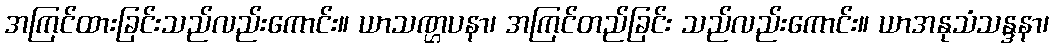
အကြင်ထားခြင်းသည်လည်းကောင်း။ ယာသဏ္ဌပနာ၊ အကြင်တည်ခြင်း သည်လည်းကောင်း။ ယာအနုသံသန္ဒနာ၊